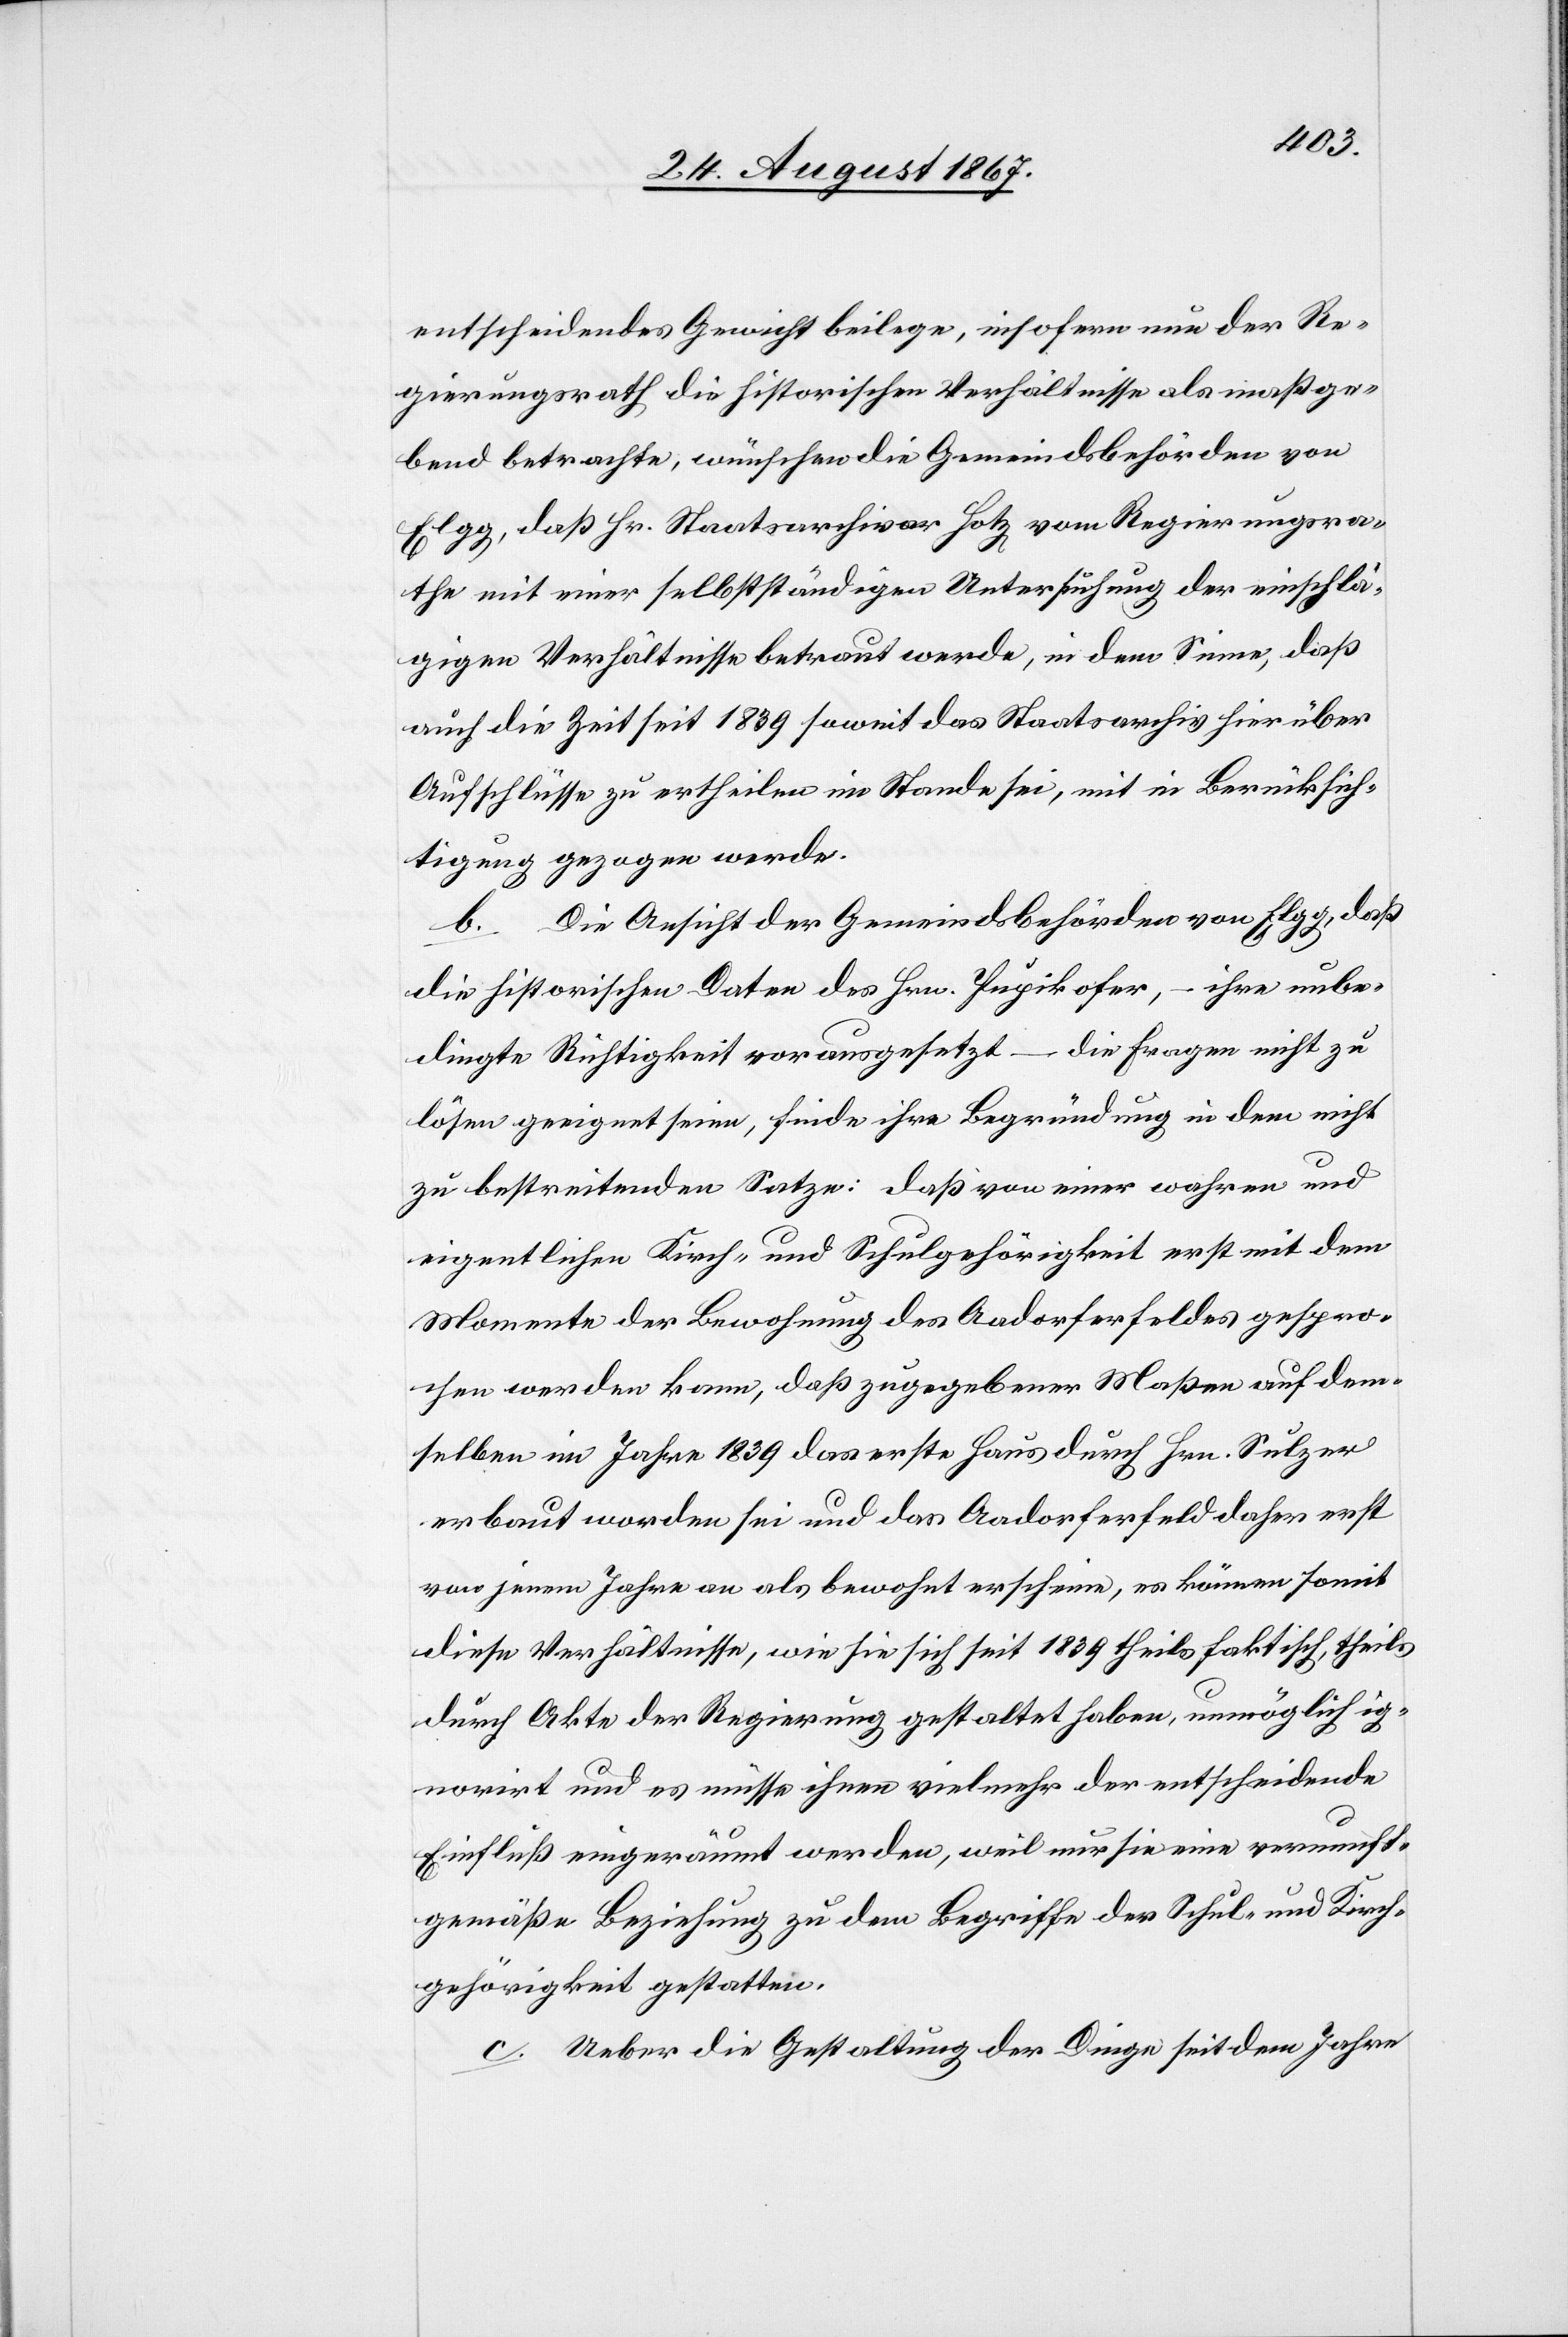
entscheidendes Gewicht beilege, insofern nun der Re¬
gierungsrath die historischen Verhältnisse als maßge¬
bend betrachte, wünschen die Gemeindsbehörden von
Elgg, daß Hr. Staatsarchivar Hotz vom Regierungsra¬
the mit einer selbstständigen Untersuchung der einschlä¬
gigen Verhältnisse betraut werden, in dem Sinne, daß
auch die Zeit seit 1839 soweit das Staatsarchiv hierüber
Aufschlüsse zu ertheilen im Stande sei, mit in Berücksich¬
tigung gezogen werde.
b. Die Ansicht der Gemeindsbehörden von Elgg, daß
die historischen Daten des Hrn. Pupikofer, – ihre unbe¬
dingte Richtigkeit vorausgesetzt – die Frage nicht zu
lösen geeignet seien, finde ihre Begründung in dem nicht
zu bestreitenden Satze: daß von einer wahren und
eigentlichen Kirch- und Schulgehörigkeit erst mit dem
Momente der Bewohnung des Aadorferfeldes gespro¬
chen werden kann, daß zugegebener Maßen auf dem¬
selben im Jahre 1839 das erste Haus durch Hrn. Sulzer
erbaut worden sie und das Aadorferfeld daher erst
von jenem Jahre an als bewohnt erscheine, es können somit
diese Verhältnisse, wie sie sich seit 1839 theils faktisch, theils
durch Akte der Regierung gestaltet haben, unmöglich ig¬
norirt und es müsse ihnen vielmehr der entscheidende
Einfluß eingeräumt werden, weil nur sie eine vernunft¬
gemäße Beziehung zu dem Begriffe der Schul- und Kirch¬
gehörigkeit bestatten.
c. Ueber die Gestaltung der Dinge seit dem Jahre